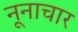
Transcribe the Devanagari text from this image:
नूनाचार